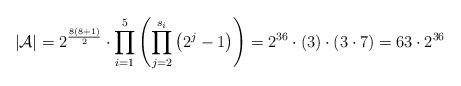
LaTeX: \begin{align*}|\mathcal{A}| = 2^{\frac{8(8+1)}{2}}\cdot \prod_{i=1}^5 \left( \prod_{j=2}^{s_i} \left( 2^j-1 \right) \right) = 2^{36} \cdot (3) \cdot (3 \cdot 7) = 63 \cdot 2^{36}\end{align*}